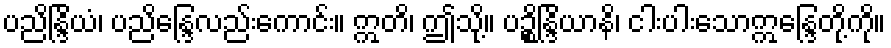
ပညိန္ဒြိယံ၊ ပညိန္ဒြေလည်းကောင်း။ ဣတိ၊ ဤသို့။ ပဉ္စိန္ဒြိယာနိ၊ ငါးပါးသောဣန္ဒြေတို့ကို။